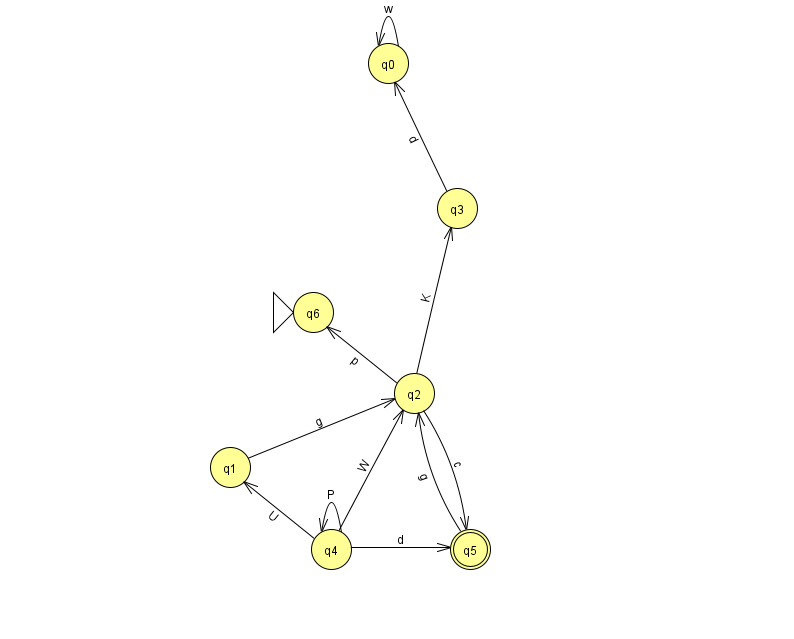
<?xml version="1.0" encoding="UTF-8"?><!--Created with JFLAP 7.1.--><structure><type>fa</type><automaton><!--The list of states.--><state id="0" name="q0"><x>388.0</x><y>50.0</y></state><state id="1" name="q1"><x>230.0</x><y>454.0</y></state><state id="2" name="q2"><x>414.0</x><y>380.0</y></state><state id="3" name="q3"><x>457.0</x><y>195.0</y></state><state id="4" name="q4"><x>331.0</x><y>536.0</y></state><state id="5" name="q5"><x>470.0</x><y>536.0</y><final/></state><state id="6" name="q6"><x>313.0</x><y>299.0</y><initial/></state><!--The list of transitions.--><transition><from>2</from><to>6</to><read>p</read></transition><transition><from>4</from><to>1</to><read>U</read></transition><transition><from>4</from><to>4</to><read>P</read></transition><transition><from>2</from><to>3</to><read>K</read></transition><transition><from>2</from><to>5</to><read>c</read></transition><transition><from>5</from><to>2</to><read>g</read></transition><transition><from>0</from><to>0</to><read>w</read></transition><transition><from>1</from><to>2</to><read>g</read></transition><transition><from>4</from><to>5</to><read>d</read></transition><transition><from>3</from><to>0</to><read>d</read></transition><transition><from>4</from><to>2</to><read>W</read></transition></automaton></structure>